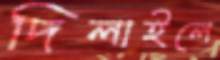
দিলাইলে